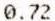
0.72